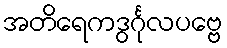
အတိရေကဒွင်္ဂုလပဗ္ဗေ